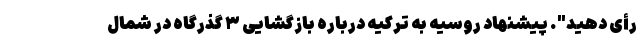
رأی دهید". پیشنهاد روسیه به ترکیه درباره بازگشایی ۳ گذرگاه در شمال